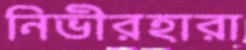
নিভীরহারা